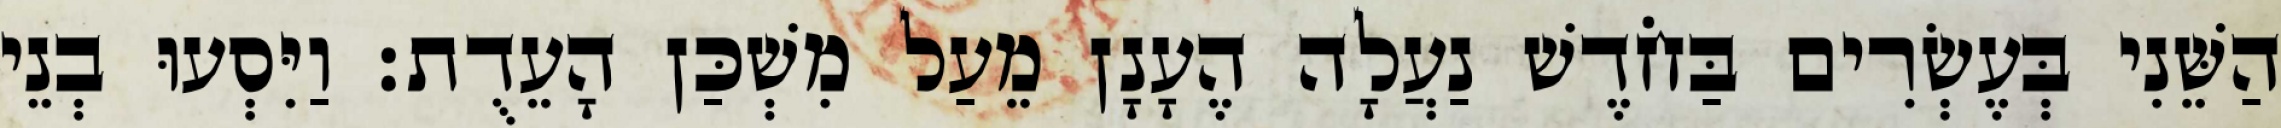
הַשֵּׁנִי בְּעֶשְׂרִים בַּחֹדֶשׁ נַעֲלָה הֶעָנָן מֵעַל מִשְׁכַּן הָעֵדֻת׃ וַיִּסְעוּ בְנֵי